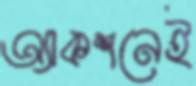
অ্যাকশনেই